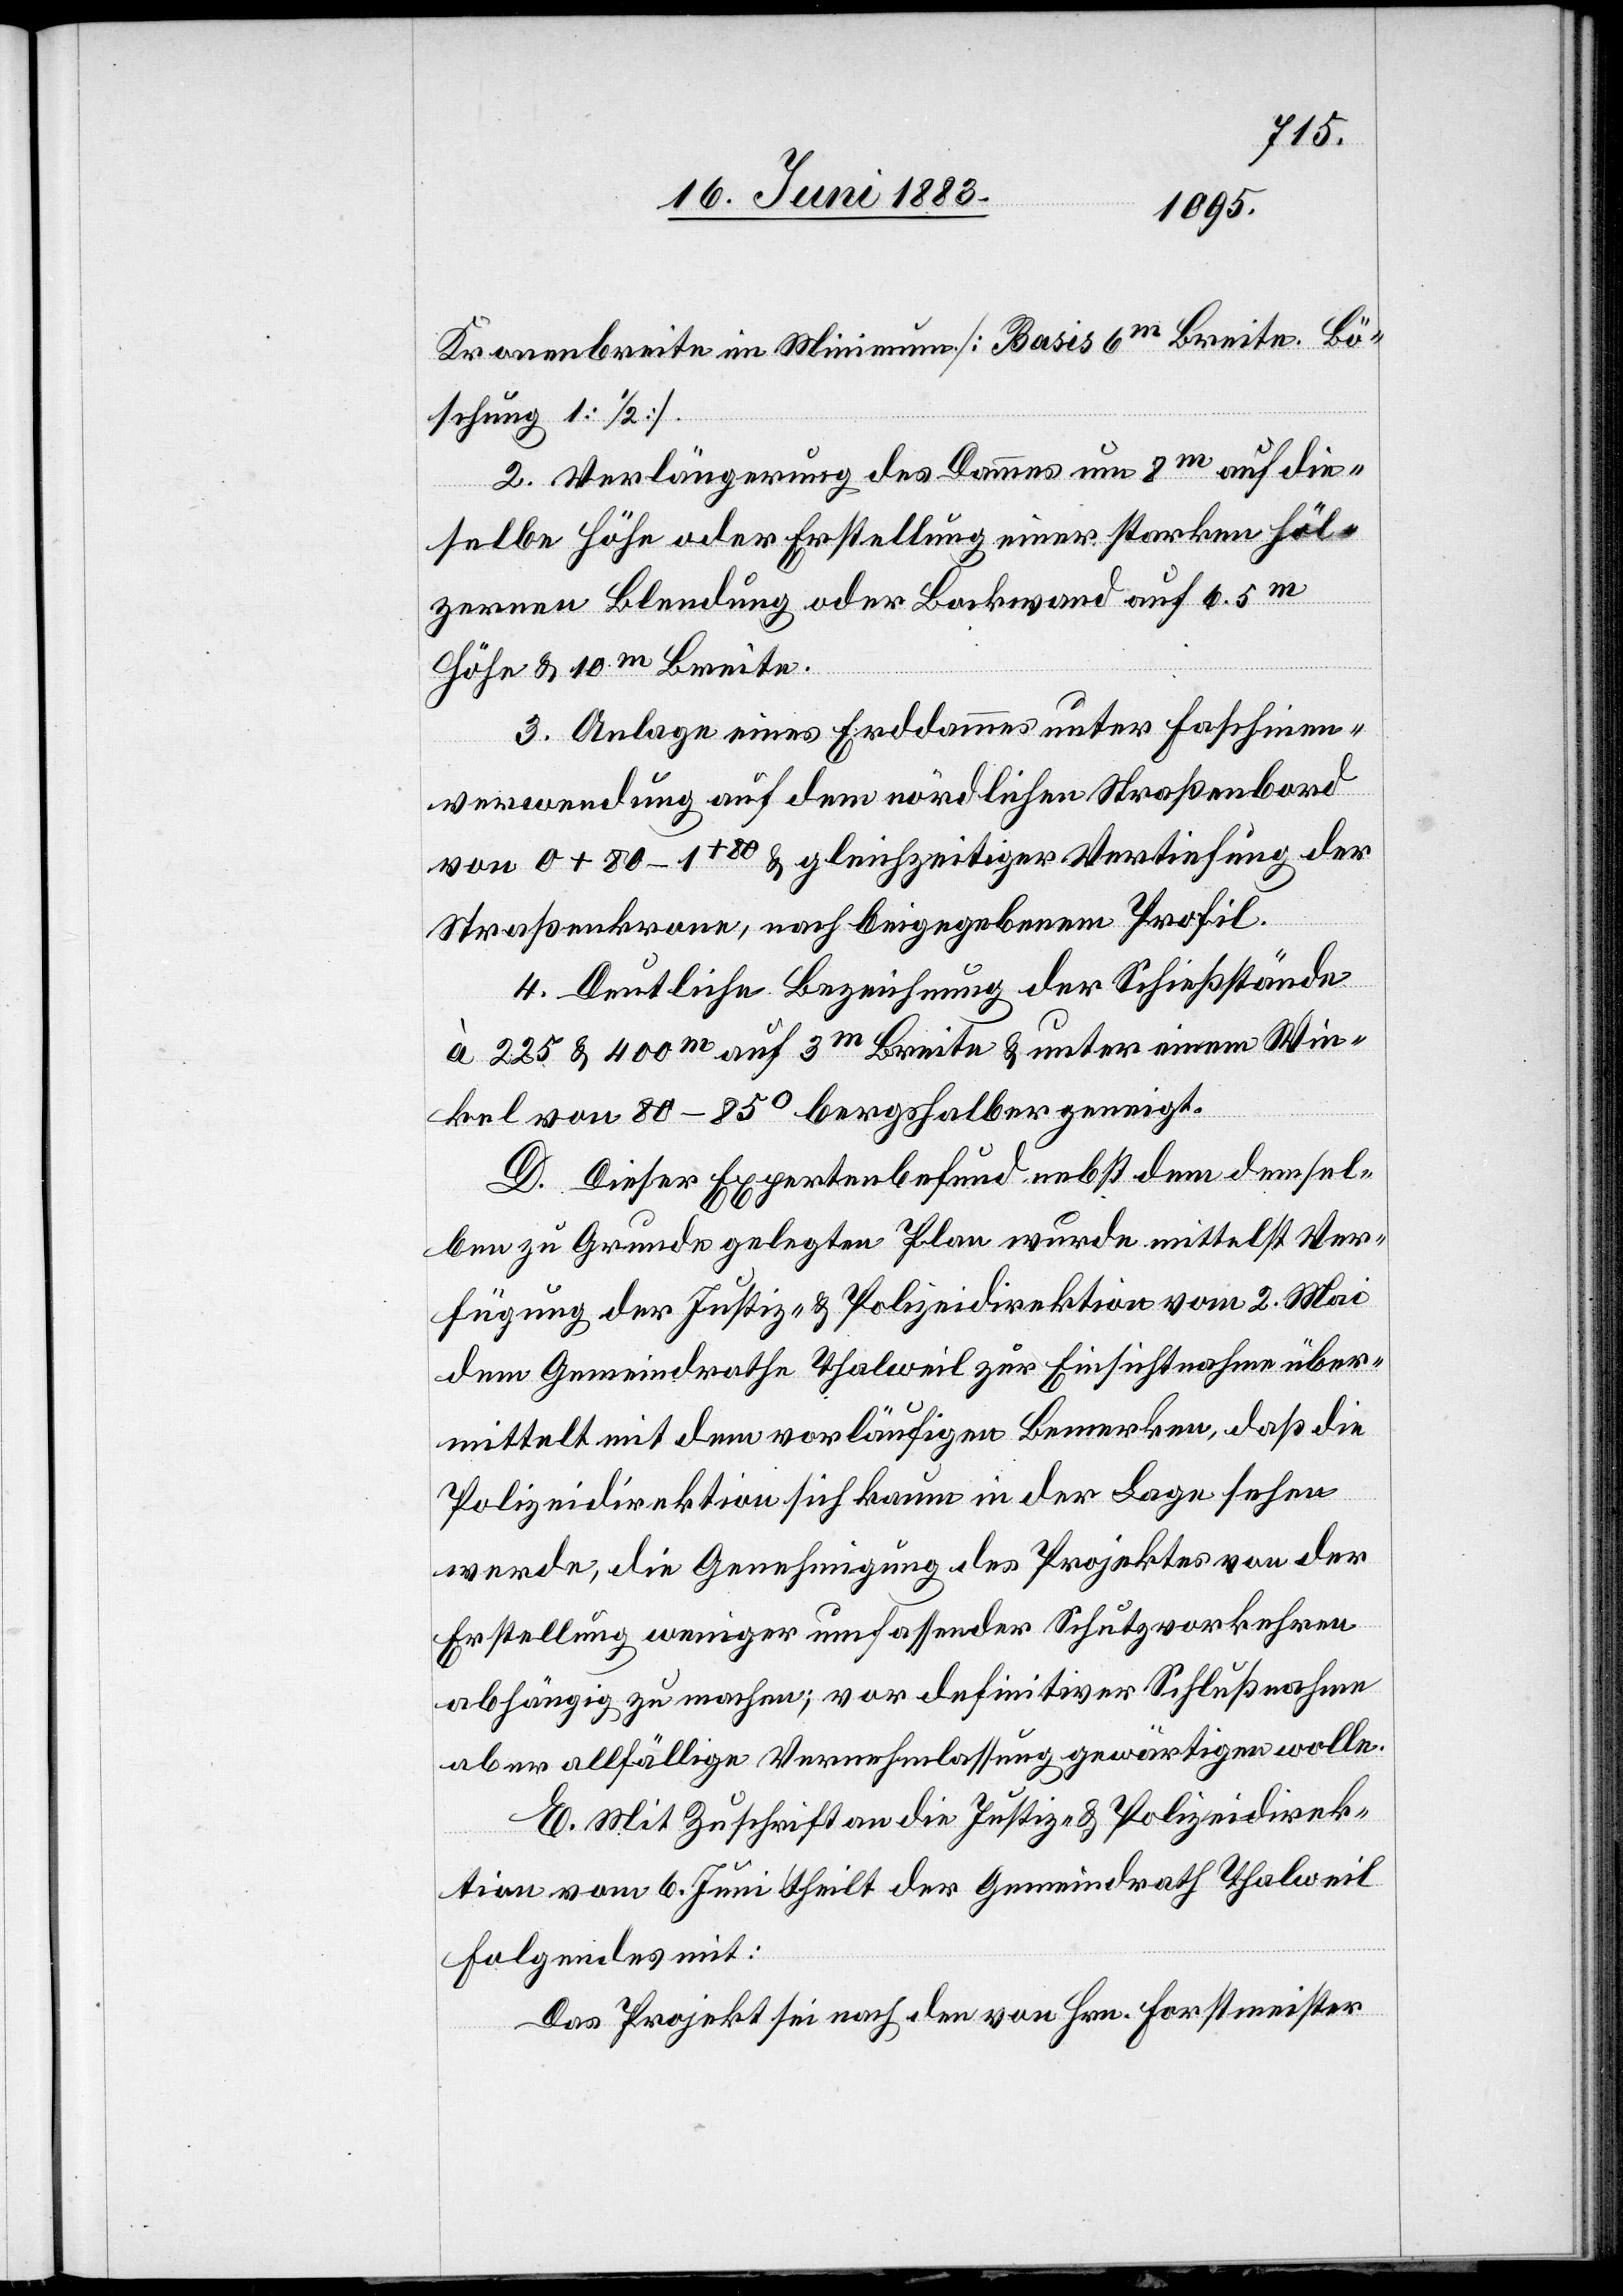
Kronenbreite im Minimum [Basis 6m Breite. Bö¬
schung 1:1/2].
2. Verlängerung des Dammes um 8m auf die¬
selbe Höhe oder Erstellung einer starken höl¬
zernen Blendung oder Bankwand auf 6.5m
Höhe & 10m Breite.
3. Anlage eines Erddammes unter Faschinen¬
verwendung auf dem nördlichen Straßenbord
von 0 + 80 – 1+80 & gleichzeitiger Vertiefung der
Straßenkrone, nach beigegebenem Profil.
4. Deutliche Bezeichnung der Schießstände
à 225 & 400m auf 3m Breite & unter einem Win¬
kel von 80–85° bergshalber geneigt.
D. Dieser Expertenbefund nebst dem demsel¬
ben zu Grunde gelegten Plan wurde mittelst Ver¬
fügung der Justiz- & Polizeidirektion vom 2. Mai
dem Gemeindrathe Thalweil zur Einsichtnahme über¬
mitelt mit dem vorläufigen Bemerken, daß die
Polizeidirektion sich kaum in der Lage sehen
werde, die Genehmigung des Projektes von der
Erstellung weniger umfassender Schutzvorkehren
abhängig zu machen; vor definitiver Schlußnahme
aber allfällige Vernehmlassung gewärtigen wolle.
E. Mit Zuschrift an die Justiz- & Polizeidirek¬
tion vom 6. Juni theilt der Gemeindrath Thalweil
Folgendes mit:
Das Projekt sei nach den von Hrn. Forstmeister